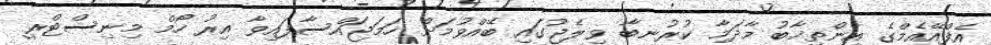
އެފްއޭއެމްގެ އިންތިޚާބު މާދަމާ ކުރުނބާ ވިލެޖުގައި ބޭއްވުމަށް ހަމަޖައްސާފައިވާ އިރު ހޯމް މިނިސްޓްރީ